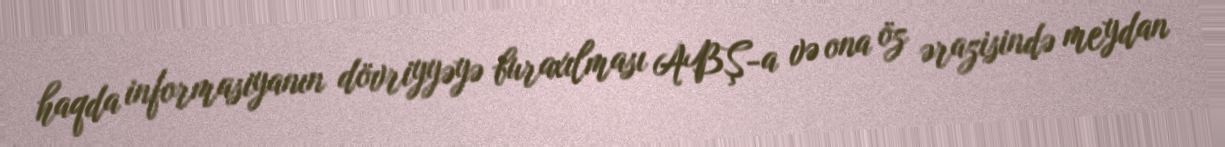
haqda informasiyanın dövriyyəyə buraxılması ABŞ-a və ona öz ərazisində meydan